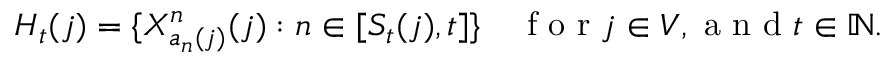
H _ { t } ( j ) = \{ X _ { a _ { n } ( j ) } ^ { n } ( j ) : n \in [ S _ { t } ( j ) , t ] \} \quad \mathrm { ~ f ~ o ~ r ~ } j \in V , \mathrm { ~ a ~ n ~ d ~ } t \in \mathbb { N } .